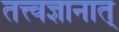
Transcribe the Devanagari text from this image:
तत्त्वज्ञानात्